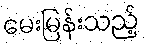
မေးမြန်းသည့်